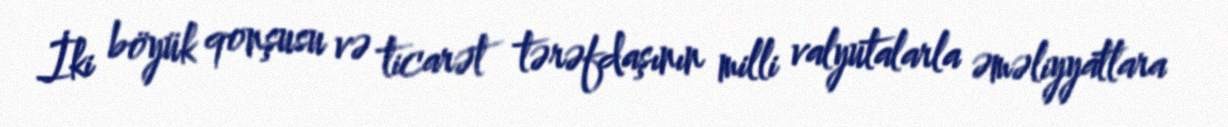
İki böyük qonşusu və ticarət tərəfdaşının milli valyutalarla əməliyyatlara